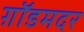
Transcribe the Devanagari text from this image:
ग़ॉडमदर